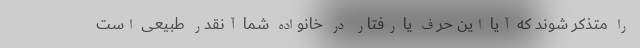
را متذکر شوند که آیا این حرف یا رفتار در خانواده شما آنقدر طبیعی است